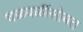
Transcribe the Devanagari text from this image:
चळवळींसोबत